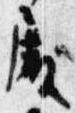
殿